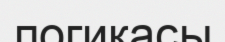
логикасы